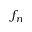
f _ { n }